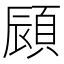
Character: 䫃